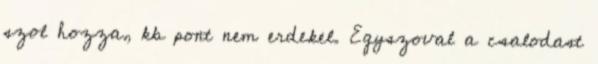
szol hozza, kb pont nem erdekel. Egyszoval a csalodast